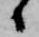
候